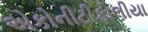
એકોનીટીફોલીયા